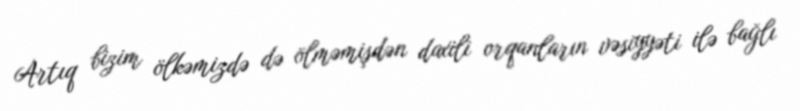
Artıq bizim ölkəmizdə də ölməmişdən daxili orqanların vəsiyyəti ilə bağlı